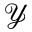
\mathcal { Y }